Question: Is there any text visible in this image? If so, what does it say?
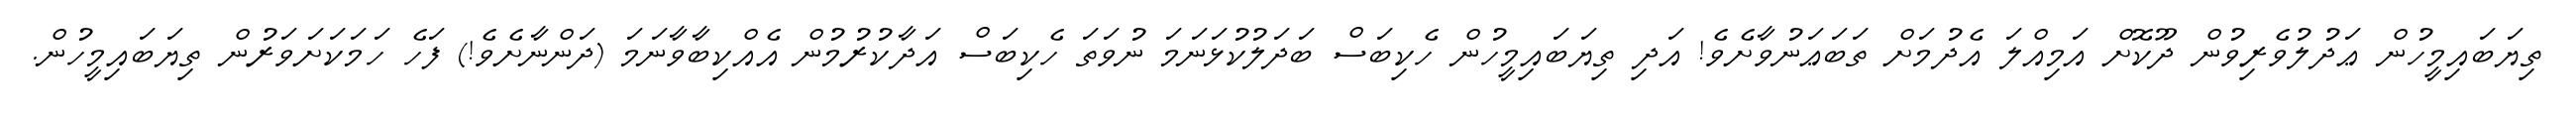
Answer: ތިޔަބައިމީހުން ޢަދުލުވެރިވުން ދޫކޮށް އަމިއްލަ އެދުމަށް ތަބަޢަނުވާށެވެ! އަދި ތިޔަބައިމީހުން ހެކިބަސް ބަދަލުކުޅަނަމަ ނުވަތަ ހެކިބަސް އަދާކުރުމުން އެއްކިބާވާނަމަ (ދަންނާށެވެ!) ފަހެ ހަމަކަށަވަރުން ތިޔަބައިމީހުން.